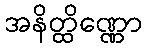
အနိတ္ထိဏ္ဏော